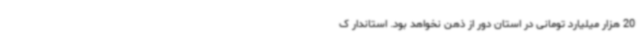
20 هزار میلیارد تومانی در استان دور از ذهن نخواهد بود. استاندار ک